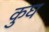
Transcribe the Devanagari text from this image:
कुघ